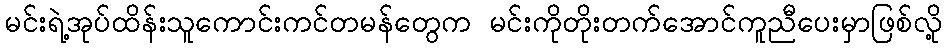
မင်းရဲ့အုပ်ထိန်းသူကောင်းကင်တမန်တွေက မင်းကိုတိုးတက်အောင်ကူညီပေးမှာဖြစ်လို့